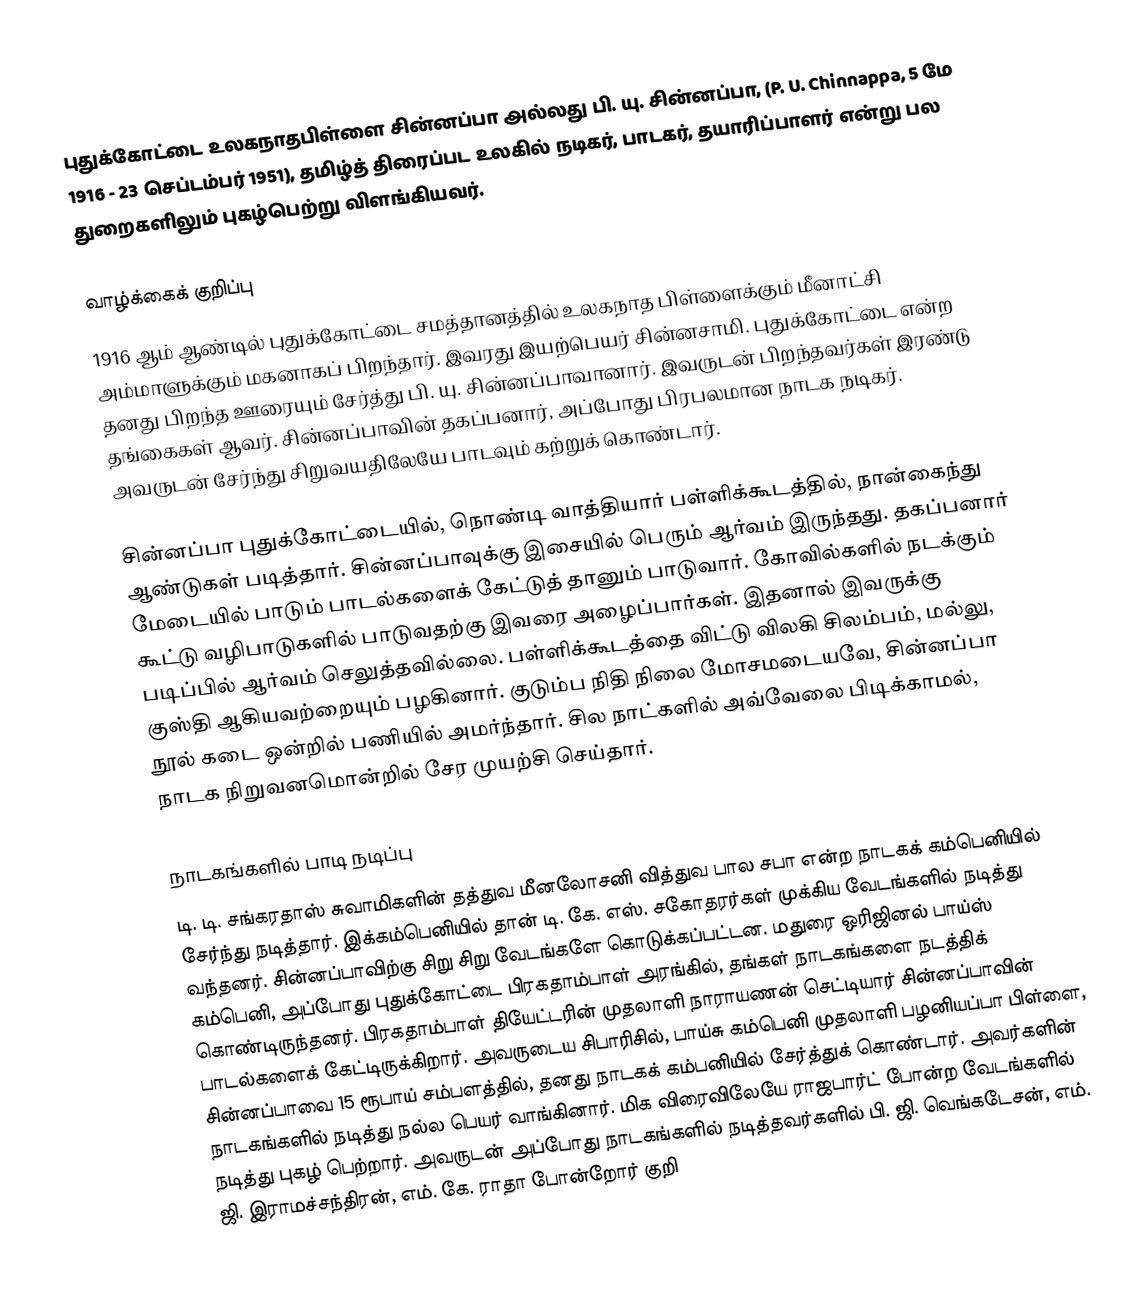
புதுக்கோட்டை உலகநாதபிள்ளை சின்னப்பா அல்லது பி. யு. சின்னப்பா, (P. U. Chinnappa, 5 மே 1916 - 23 செப்டம்பர் 1951), தமிழ்த் திரைப்பட உலகில் நடிகர், பாடகர், தயாரிப்பாளர் என்று பல துறைகளிலும் புகழ்பெற்று விளங்கியவர்.

வாழ்க்கைக் குறிப்பு
1916 ஆம் ஆண்டில் புதுக்கோட்டை சமத்தானத்தில் உலகநாத பிள்ளைக்கும் மீனாட்சி அம்மாளுக்கும் மகனாகப் பிறந்தார். இவரது இயற்பெயர் சின்னசாமி. புதுக்கோட்டை என்ற தனது பிறந்த ஊரையும் சேர்த்து பி. யு. சின்னப்பாவானார். இவருடன் பிறந்தவர்கள் இரண்டு தங்கைகள் ஆவர். சின்னப்பாவின் தகப்பனார், அப்போது பிரபலமான நாடக நடிகர். அவருடன் சேர்ந்து சிறுவயதிலேயே பாடவும் கற்றுக் கொண்டார்.

சின்னப்பா புதுக்கோட்டையில், நொண்டி வாத்தியார் பள்ளிக்கூடத்தில், நான்கைந்து ஆண்டுகள் படித்தார். சின்னப்பாவுக்கு இசையில் பெரும் ஆர்வம் இருந்தது. தகப்பனார் மேடையில் பாடும் பாடல்களைக் கேட்டுத் தானும் பாடுவார். கோவில்களில் நடக்கும் கூட்டு வழிபாடுகளில் பாடுவதற்கு இவரை அழைப்பார்கள். இதனால் இவருக்கு படிப்பில் ஆர்வம் செலுத்தவில்லை. பள்ளிக்கூடத்தை விட்டு விலகி  சிலம்பம், மல்லு, குஸ்தி ஆகியவற்றையும் பழகினார். குடும்ப நிதி நிலை மோசமடையவே, சின்னப்பா நூல் கடை ஒன்றில் பணியில் அமர்ந்தார். சில நாட்களில் அவ்வேலை பிடிக்காமல், நாடக நிறுவனமொன்றில் சேர முயற்சி செய்தார்.

நாடகங்களில் பாடி நடிப்பு
டி. டி. சங்கரதாஸ் சுவாமிகளின் தத்துவ மீனலோசனி வித்துவ பால சபா என்ற நாடகக் கம்பெனியில் சேர்ந்து நடித்தார். இக்கம்பெனியில் தான் டி. கே. எஸ். சகோதரர்கள் முக்கிய வேடங்களில் நடித்து வந்தனர். சின்னப்பாவிற்கு சிறு சிறு வேடங்களே கொடுக்கப்பட்டன. மதுரை ஒரிஜினல் பாய்ஸ் கம்பெனி, அப்போது புதுக்கோட்டை பிரகதாம்பாள் அரங்கில், தங்கள் நாடகங்களை நடத்திக் கொண்டிருந்தனர். பிரகதாம்பாள் தியேட்டரின் முதலாளி நாராயணன் செட்டியார் சின்னப்பாவின் பாடல்களைக் கேட்டிருக்கிறார். அவருடைய சிபாரிசில், பாய்சு கம்பெனி முதலாளி பழனியப்பா பிள்ளை, சின்னப்பாவை 15 ரூபாய் சம்பளத்தில், தனது நாடகக் கம்பனியில் சேர்த்துக் கொண்டார். அவர்களின் நாடகங்களில் நடித்து நல்ல பெயர் வாங்கினார். மிக விரைவிலேயே ராஜபார்ட் போன்ற வேடங்களில் நடித்து புகழ் பெற்றார். அவருடன் அப்போது நாடகங்களில் நடித்தவர்களில் பி. ஜி. வெங்கடேசன், எம். ஜி. இராமச்சந்திரன், எம். கே. ராதா போன்றோர் குறி